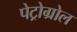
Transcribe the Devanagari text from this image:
पेट्रोग्रोल